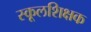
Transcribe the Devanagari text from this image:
स्कूलशिक्षक